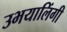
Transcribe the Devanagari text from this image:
उभयालिंगी